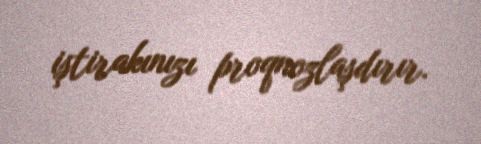
iştirakınızı proqnozlaşdırır.